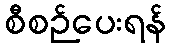
စီစဉ်ပေးရန်